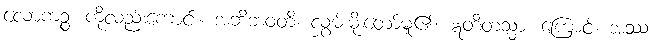
လောကဉ္စ၊ ကိုလည်းကောင်း။ အဘိဘဝတိ၊ လွှမ်းမိုးတော်မူ၏။ ဣတိတသ္မာ၊ ကြောင့်။ အဿ